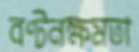
বণ্টনক্ষমতা